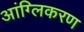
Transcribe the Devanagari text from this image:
आंग्लिकरण